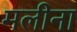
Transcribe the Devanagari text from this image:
मलीना